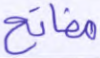
مفاتح